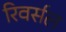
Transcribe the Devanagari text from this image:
रिवर्सल